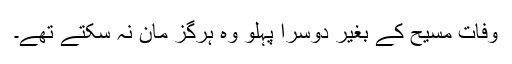
وفات مسیح کے بغیر دوسرا پہلو وہ ہرگز مان نہ سکتے تھے۔